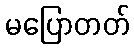
မပြောတတ်